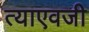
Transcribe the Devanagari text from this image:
त्याएवजी